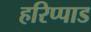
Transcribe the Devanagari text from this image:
हरिप्पाड